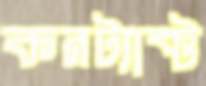
কনট্যাক্ট